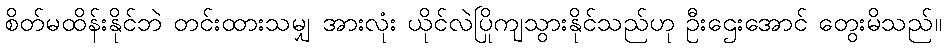
စိတ်မထိန်းနိုင်ဘဲ တင်းထားသမျှ အားလုံး ယိုင်လဲပြိုကျသွားနိုင်သည်ဟု ဦးဌေးအောင် တွေးမိသည်။